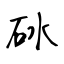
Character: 砅